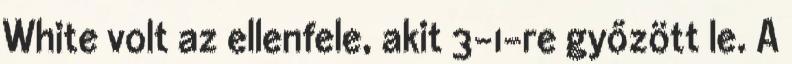
White volt az ellenfele, akit 3-1-re győzött le. A